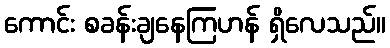
ကောင်း စခန်းချနေကြဟန် ရှိလေသည်။